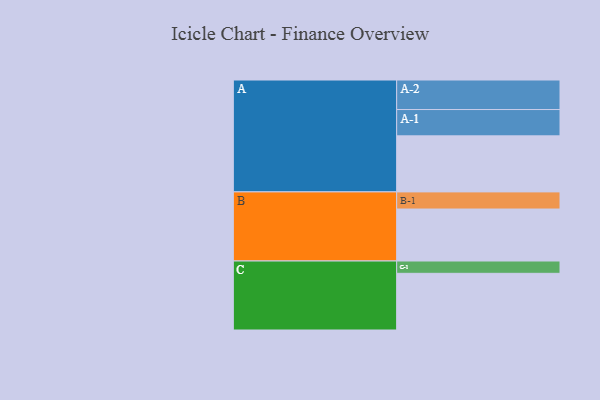
{"axis": {"x": "Segment", "y": "Value"}, "legend": ["", "A", "B", "C"], "data": [{"x": "A", "y": 537, "type": ""}, {"x": "B", "y": 498, "type": ""}, {"x": "C", "y": 543, "type": ""}, {"x": "A-1", "y": 252, "type": "A"}, {"x": "A-2", "y": 283, "type": "A"}, {"x": "B-1", "y": 164, "type": "B"}, {"x": "C-1", "y": 118, "type": "C"}]}